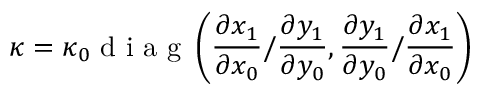
\boldsymbol \kappa = \kappa _ { 0 } \mathrm { ~ d ~ i ~ a ~ g ~ } \left( \frac { \partial x _ { 1 } } { \partial x _ { 0 } } / \frac { \partial y _ { 1 } } { \partial y _ { 0 } } , \frac { \partial y _ { 1 } } { \partial y _ { 0 } } / \frac { \partial x _ { 1 } } { \partial x _ { 0 } } \right)